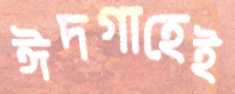
ঈদগাহেই